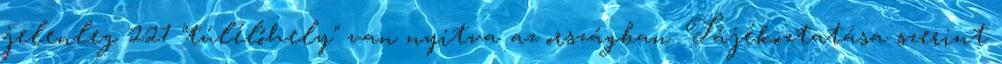
jelenleg 227 "túlélőhely" van nyitva az országban. Tájékoztatása szerint